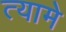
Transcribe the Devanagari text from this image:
त्यामे